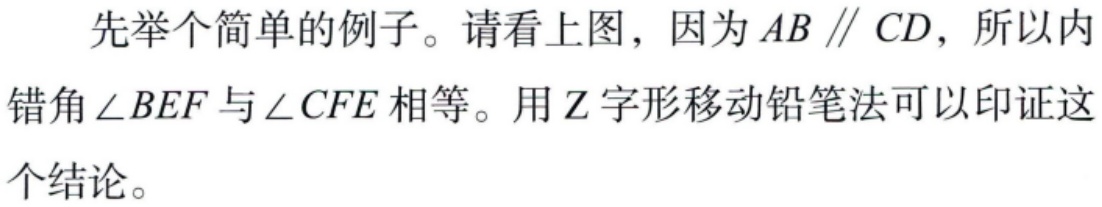
先举个简单的例子。请看上图，因为 \(AB \parallel CD\)，所以内错角 \(\angle BEF\) 与 \(\angle CFE\) 相等。用 \(\mathrm{Z}\) 字形移动铅笔法可以印证这个结论。